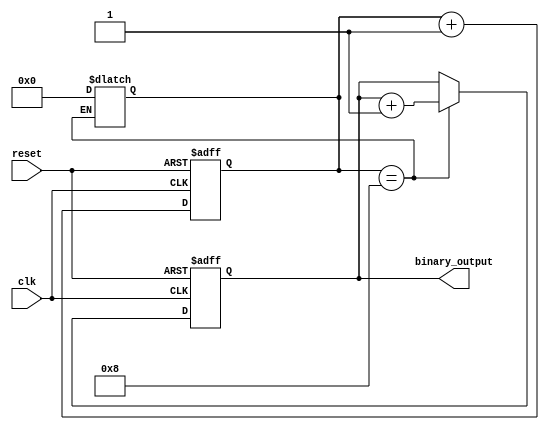
module clock_divider(
    input clk,
    input reset,
    output reg [3:0] binary_output
);

reg [3:0] current_state;
reg [3:0] next_state;
reg [3:0] counter;

always @(posedge clk or posedge reset) begin
    if (reset) begin
        current_state <= 4'b0000;
        counter <= 4'b0000;
    end else begin
        current_state <= next_state;
        counter <= counter + 1;
    end
end

always @(*) begin
    next_state = current_state;
    if (counter == 8) begin
        next_state = current_state + 1;
        counter = 0;
    end
end

assign binary_output = current_state;

endmodule